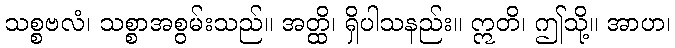
သစ္စဗလံ၊ သစ္စာအစွမ်းသည်။ အတ္ထိ၊ ရှိပါသနည်း။ ဣတိ၊ ဤသို့။ အာဟ၊